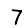
Digit: 7